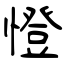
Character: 憕